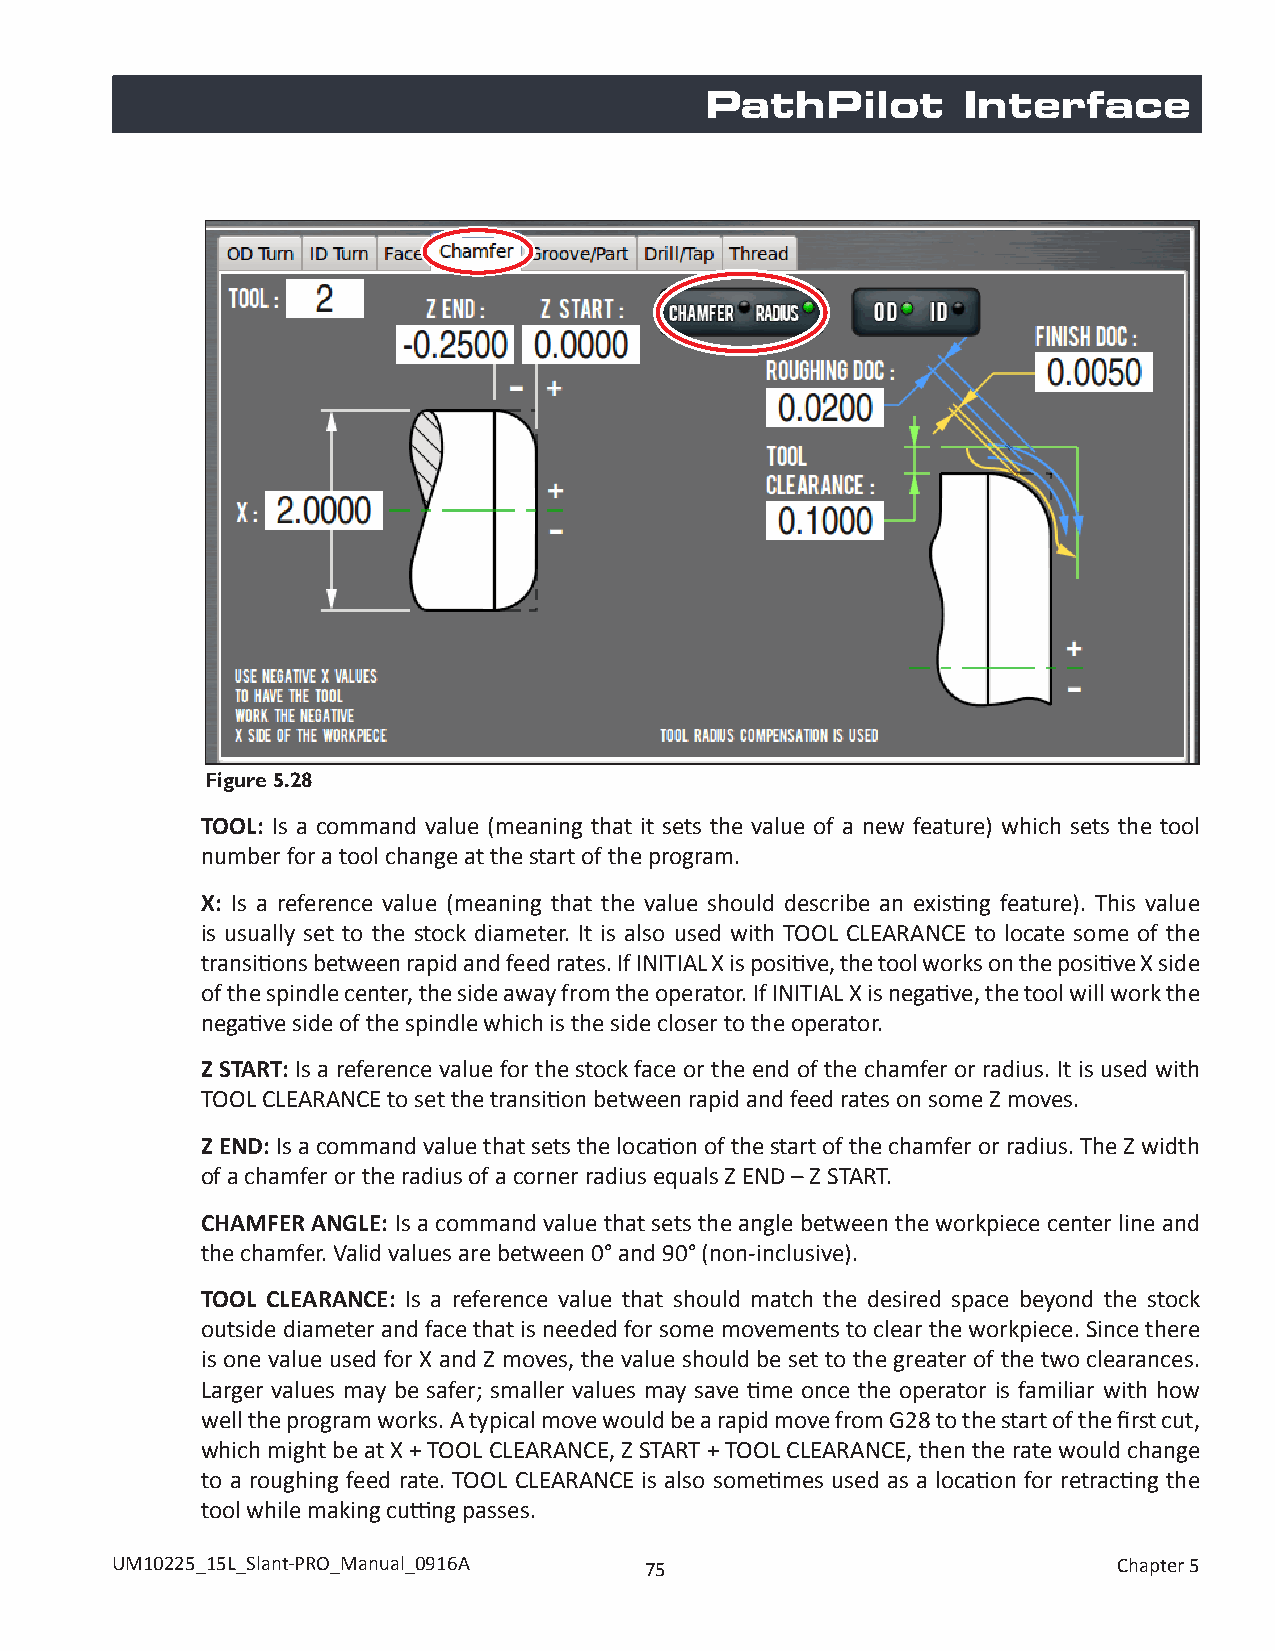
PathPilot        Interface
 Figure 5.28
 TOOL: Is a command value (meaning that it sets the value of a new feature) which sets the tool
 number for a tool change at the start of the program.
 X: Is a reference value (meaning that the value should describe an existing feature). This value
 is usually set to the stock diameter. It is also used with TOOL CLEARANCE to locate some of the
 transitions between rapid and feed rates. If INITIAL X is positive, the tool works on the positive X side
 of the spindle center, the side away from the operator. If INITIAL X is negative, the tool will work the
 negative side of the spindle which is the side closer to the operator.
 Z START: Is a reference value for the stock face or the end of the chamfer or radius. It is used with
 TOOL CLEARANCE to set the transition between rapid and feed rates on some Z moves.
 Z END: Is a command value that sets the location of the start of the chamfer or radius. The Z width
 of a chamfer or the radius of a corner radius equals Z END – Z START.
 CHAMFER ANGLE: Is a command value that sets the angle between the workpiece center line and
 the chamfer. Valid values are between 0° and 90° (non-inclusive).
 TOOL CLEARANCE: Is a reference value that should match the desired space beyond the stock
 outside diameter and face that is needed for some movements to clear the workpiece. Since there
 is one value used for X and Z moves, the value should be set to the greater of the two clearances.
 Larger values may be safer; smaller values may save time once the operator is familiar with how
 well the program works. A typical move would be a rapid move from G28 to the start of the first cut,
 which might be at X + TOOL CLEARANCE, Z START + TOOL CLEARANCE, then the rate would change
 to a roughing feed rate. TOOL CLEARANCE is also sometimes used as a location for retracting the
 tool while making cutting passes.
 UM10225_15L_Slant-PRO_Manual_0916A  75                             Chapter 5